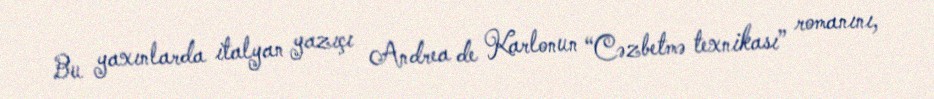
Bu yaxınlarda italyan yazıçı Andrea de Karlonun “Cəzbetmə texnikası” romanını,